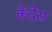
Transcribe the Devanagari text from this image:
कैदेस